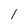
Character: l